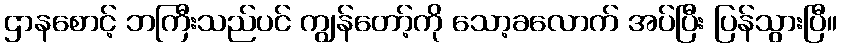
ဌာနစောင့် ဘကြီးသည်ပင် ကျွန်တော့်ကို သော့ခလောက် အပ်ပြီး ပြန်သွားပြီ။